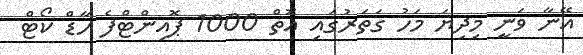
އޭނާ ވަނީ މިދިޔަ މަހު ގަތަރުގައި އޮތް 1000 ޕޮއިންޓްފެ ހާޑް ކޯޓް